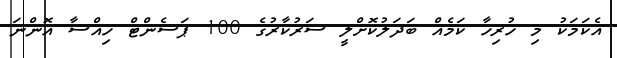
އެކަމަކު މި ހުރިހާ ކަމެއް ބަދަލުކޮށްލީ ސަރުކާރުގެ 100 ޕަސެންޓް ހިއްސާ އޮންނަ